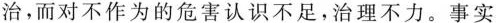
治，而对不作为的危害认识不足，治理不力。事实